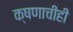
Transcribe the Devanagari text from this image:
क्षणाचीही